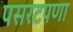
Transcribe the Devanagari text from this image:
पसरटपणा